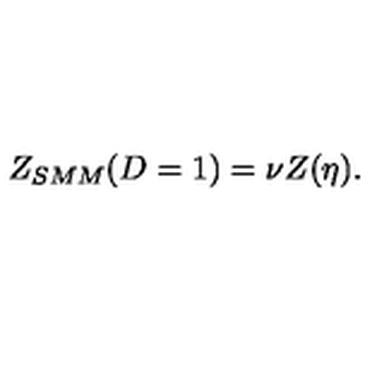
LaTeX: Z _ { S M M } ( D = 1 ) = \nu Z ( \eta ) .